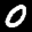
Label: 0